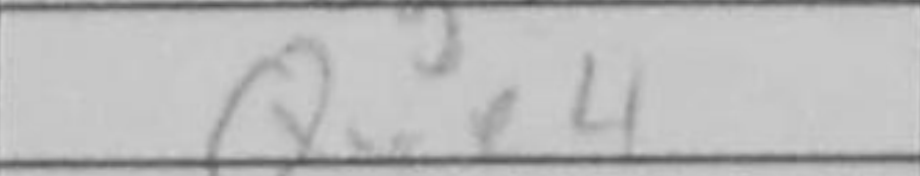
Transcription: Qxe4